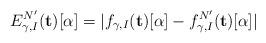
LaTeX: \begin{align*} E^{N'}_{\gamma, I}(\mathbf{t})[\alpha] = |f_{\gamma, I}(\mathbf{t})[\alpha] - f_{\gamma, I}^{N'}(\mathbf{t})[\alpha]| \end{align*}